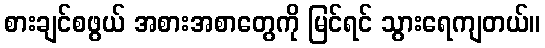
စားချင်စဖွယ် အစားအစာတွေကို မြင်ရင် သွားရေကျတယ်။